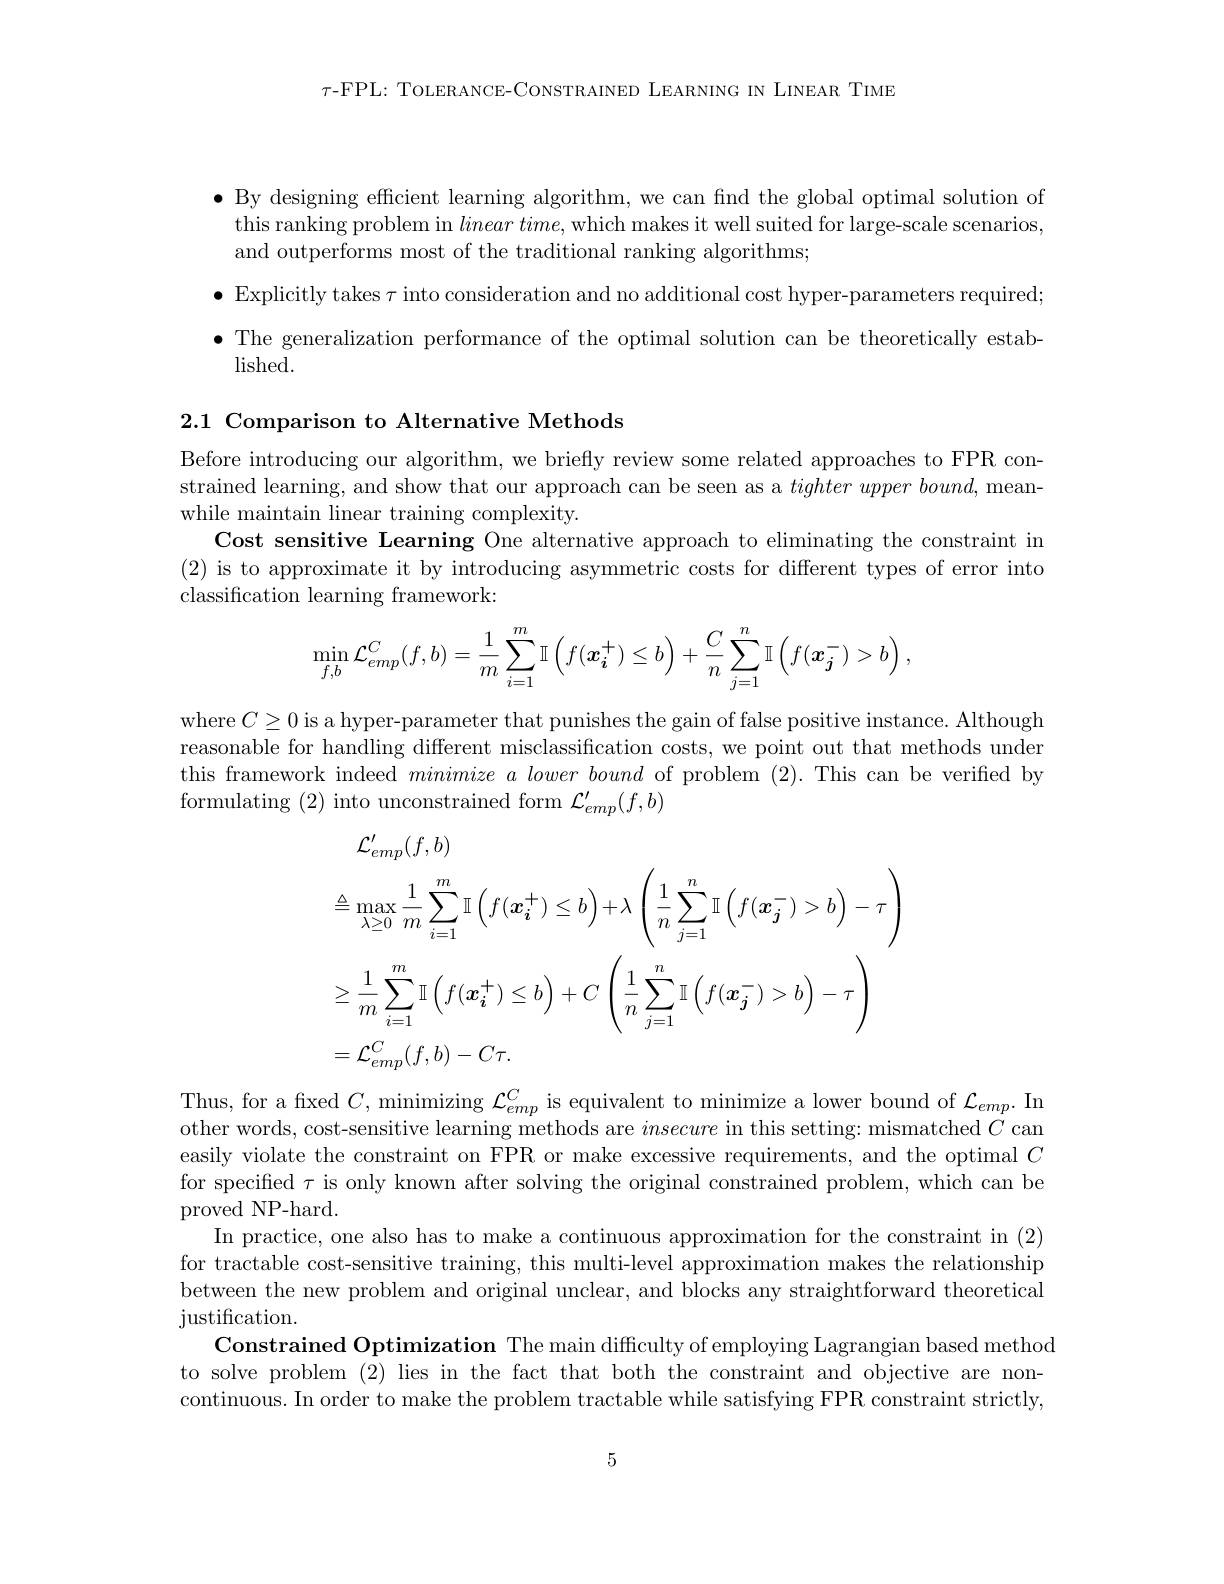
$\tau$-FPL: TOLERANCE-CONSTRAINED LEARNING IN LINEAR TIME

$\bullet$ By designing efficient learning algorithm, we can find the global optimal solution of
this ranking problem in $lineartime$,which makes it well suited for large-scale scenarios,
and outperforms most of the traditional ranking algorithms;

$\bullet$ Explicitly takes $\tau$ into consideration and no additional cost hyper-parameters required; $\bullet$ The generalization performance of the optimal solution can be theoretically estab-
lished.

2.1 Comparison to Alternative Methods

Before introducing our algorithm, we briefly review some related approaches to FPR constrained learning, and show that our approach can be seen as a tighter upper bound, meanwhile maintain linear training complexity.
Cost sensitive Learning One alternative approach to eliminating the constraint in (2) is to approximate it by introducing asymmetric costs for different types of error into classification learning framework:
$$\min\limits_{f,b}\mathcal{L}_{emp}^C(f,b)=\dfrac{1}{m}\sum\limits_{i=1}^m\mathbb{I}\left(f(\boldsymbol{x}_{\boldsymbol{i}}^+)\leq b\right)+\dfrac{C}{n}\sum\limits_{j=1}^n\mathbb{I}\left(f(\boldsymbol{x}_{\boldsymbol{j}}^-)>b\right),$$
where $C\geq0$ is a hyper-parameter that punishes the gain of false positive instance. Although reasonable for handling different misclassification costs, we point out that methods under this framework indeed $minimize\textit{alower bound of problem }( 2) .$ This can be verified by formulating (2) into unconstrained form $\mathcal{L}_emp^{\prime}(f,b)$
$$\begin{aligned}&\mathcal{L}_{emp}^{\prime}(f,b)\\&\triangleq\max_{\lambda\geq0}\frac{1}{m}\sum_{i=1}^{m}\mathbb{I}\left(f(\boldsymbol{x_{i}^{+}})\leq b\right)+\lambda\left(\frac{1}{n}\sum_{j=1}^{n}\mathbb{I}\left(f(\boldsymbol{x_{j}^{-}})>b\right)-\tau\right)\\&\geq\frac{1}{m}\sum_{i=1}^{m}\mathbb{I}\left(f(\boldsymbol{x_{i}^{+}})\leq b\right)+C\left(\frac{1}{n}\sum_{j=1}^{n}\mathbb{I}\left(f(\boldsymbol{x_{j}^{-}})>b\right)-\tau\right)\\&=\mathcal{L}_{emp}^{C}(f,b)-C\tau.\end{aligned}$$
Thus, for a fixed $C$, minimizing $\mathcal{L}_emp^{C}$ is equivalent to minimize a lower bound of $\mathcal{L}_emp.$ In other words, cost-sensitive learning methods are insecure in this setting: mismatched $C$ can easily violate the constraint on FPR or make excessive requirements, and the optimal $C$ for specified $\tau$ is only known after solving the original constrained problem, which can be proved NP-hard.
In practice, one also has to make a continuous approximation for the constraint in (2) for tractable cost-sensitive training, this multi-level approximation makes the relationship between the new problem and original unclear, and blocks any straightforward theoretical justification.
Constrained Optimization The main difficulty of employing Lagrangian based method to solve problem (2) lies in the fact that both the constraint and objective are noncontinuous. In order to make the problem tractable while satisfying FPR constraint strictly,

5